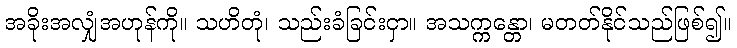
အခိုးအလျှံအဟုန်ကို။ သဟိတုံ၊ သည်းခံခြင်းငှာ။ အသက္ကန္တော၊ မတတ်နိုင်သည်ဖြစ်၍။